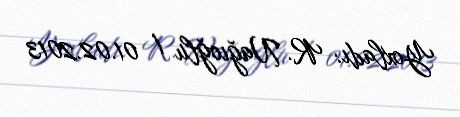
Yoxladı: R. Nağıoğlu / 01.02.2013